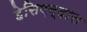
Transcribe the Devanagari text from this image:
हेसिएन्दास